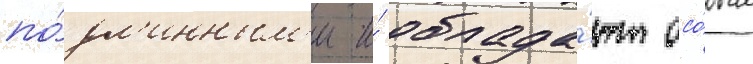
по́дл'инным'и и́ облада́ют осо́бым